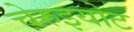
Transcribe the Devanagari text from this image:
चेरुइयोट